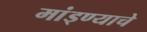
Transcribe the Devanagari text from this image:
मांड्ण्याचे